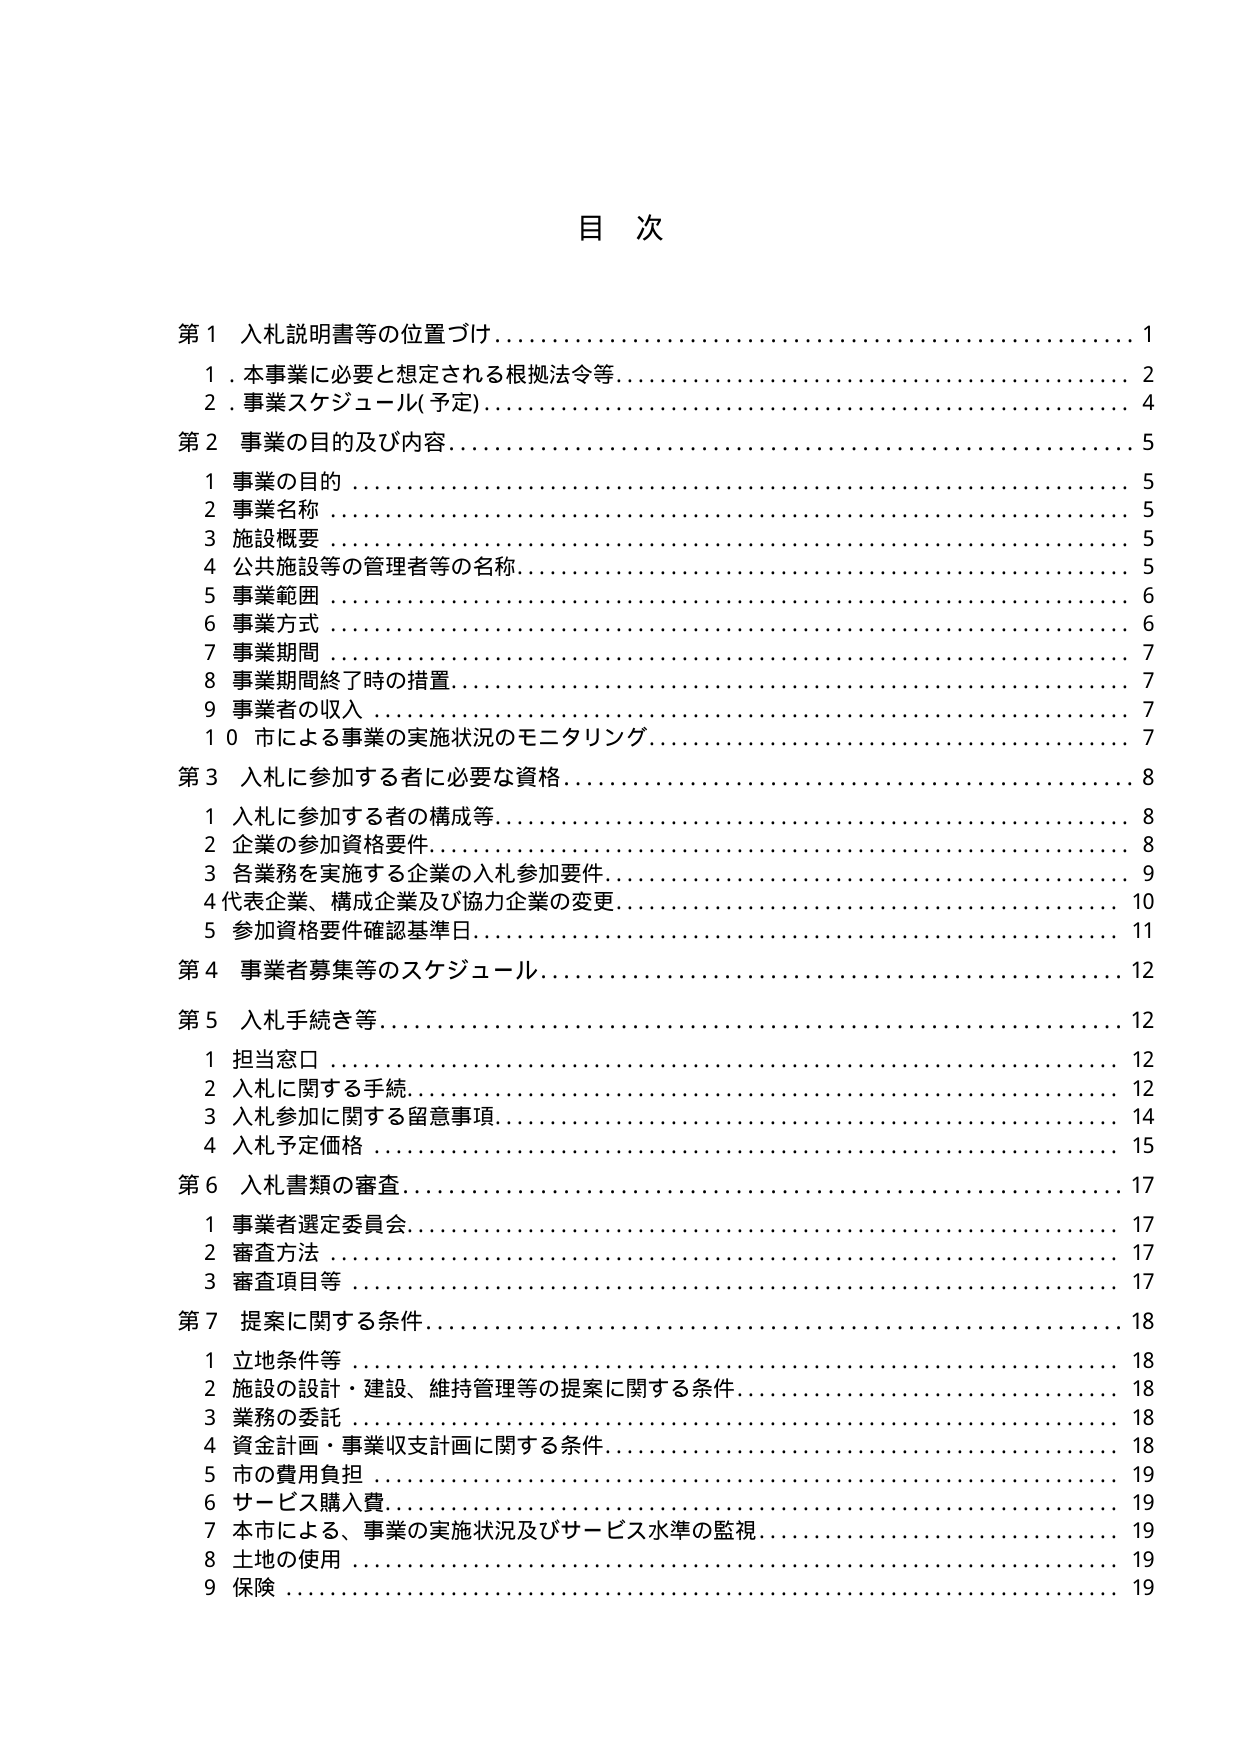
目 次

第１ 入札説明書等の位置づけ………………………………………………… 1
　１．本事業に必要と想定される根拠法令等………………………………… 2
　２．事業スケジュール（予定）……………………………………………… 4

第２ 事業の目的及び内容……………………………………………………… 5
　１ 事業の目的 ……………………………………………………………… 5
　２ 事業名称 ………………………………………………………………… 5
　３ 施設概要 ………………………………………………………………… 5
　４ 公共施設等の管理者等の名称…………………………………………… 5
　５ 事業範囲 ………………………………………………………………… 6
　６ 事業方式 ………………………………………………………………… 6
　７ 事業期間 ………………………………………………………………… 7
　８ 事業期間終了時の措置…………………………………………………… 7
　９ 事業者の収入 …………………………………………………………… 7
　１０ 市による事業の実施状況のモニタリング……………………………… 7

第３ 入札に参加する者に必要な資格………………………………………… 8
　１ 入札に参加する者の構成等……………………………………………… 8
　２ 企業の参加資格要件……………………………………………………… 8
　３ 各業務を実施する企業の入札参加要件…………………………………… 9
　４ 代表企業、構成企業及び協力企業の変更………………………………… 10
　５ 参加資格要件確認基準日………………………………………………… 11

第４ 事業者募集等のスケジュール…………………………………………… 12

第５ 入札手続き等……………………………………………………………… 12
　１ 担当窓口 ………………………………………………………………… 12
　２ 入札に関する手続………………………………………………………… 12
　３ 入札参加に関する留意事項……………………………………………… 14
　４ 入札予定価格 …………………………………………………………… 15

第６ 入札書類の審査…………………………………………………………… 17
　１ 事業者選定委員会………………………………………………………… 17
　２ 審査方法 ………………………………………………………………… 17
　３ 審査項目等 ……………………………………………………………… 17

第７ 提案に関する条件………………………………………………………… 18
　１ 立地条件等 ……………………………………………………………… 18
　２ 施設の設計・建設、維持管理等の提案に関する条件…………………… 18
　３ 業務の委託 ……………………………………………………………… 18
　４ 資金計画・事業収支計画に関する条件…………………………………… 18
　５ 市の費用負担 …………………………………………………………… 19
　６ サービス購入費…………………………………………………………… 19
　７ 本市による、事業の実施状況及びサービス水準の監視………………… 19
　８ 土地の使用 ……………………………………………………………… 19
　９ 保険 ……………………………………………………………………… 19